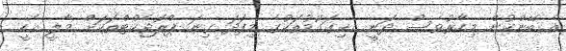
އެ ބޭންކުން މިހާރުވެސް ދަނީ އެކިގައުމުތަކުގެ މިފަދަ ގިނަ ޕްރޮޖެކްޓްތަކަށް މާލީ އެހީ